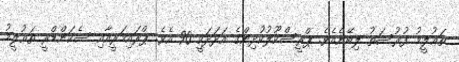
ތަޢުލީމު ފުރުސަތު ލިބޭނެއެވެ. ޕްރީސްކޫލުކުދިންގެ އަދަދަކީ 90 އެވެ. ޕްރައިމަރީއާއި ސެކަންޑްރީ ތަޢުލީމު